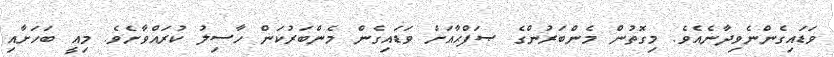
ވަޑައިގެންނެވިދާނެއެވެ. މިގޮތުން މެންބަރުންގެ ޞަފްޙާއަށް ވަޑައިގެން މެންބަރުކަން ހާސިލު ކުރައްވާށެވެ. މިއީ ބަހަށާއި